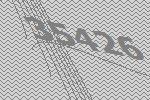
35426